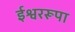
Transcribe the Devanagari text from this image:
ईश्वररूपा